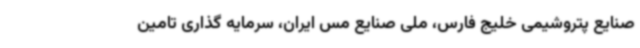
صنایع پتروشیمی خلیج فارس، ملی صنایع مس ایران، سرمایه‌ گذاری تامین